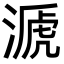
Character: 㴲